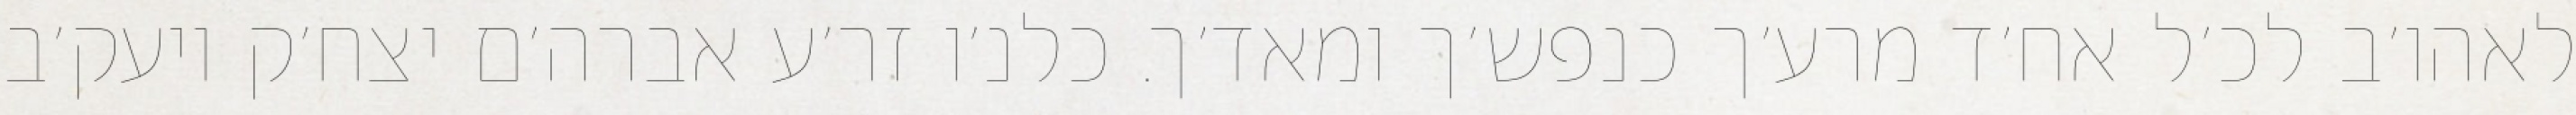
לאהו׳ב לכ׳ל אח׳ד מרע׳ך כנפש׳ך ומאד׳ך. כלנ׳ו זר׳ע אברה׳ם יצח׳ק ויעק׳ב